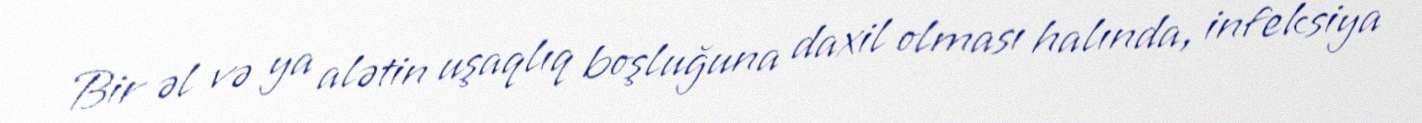
Bir əl və ya alətin uşaqlıq boşluğuna daxil olması halında, infeksiya